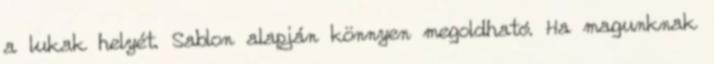
a lukak helyét. Sablon alapján könnyen megoldható. Ha magunknak